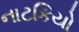
નાટકિયો